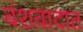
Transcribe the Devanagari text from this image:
वंशवादात